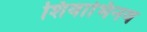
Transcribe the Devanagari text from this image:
शिवाभिनव